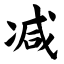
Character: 减